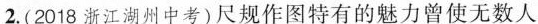
2.(2018浙江湖州中考)尺规作图特有的魅力曾使无数人